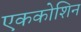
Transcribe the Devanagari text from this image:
एककोशिन